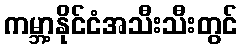
ကမ္ဘာ့နိုင်ငံအသီးသီးတွင်